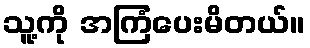
သူ့ကို အကြံပေးမိတယ်။